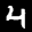
Label: 4